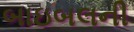
બાઇબલની